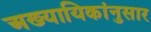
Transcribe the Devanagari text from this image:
अख्यायिकांनुसार